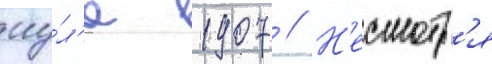
иу́л'е 1907 // Н'есмотр'я